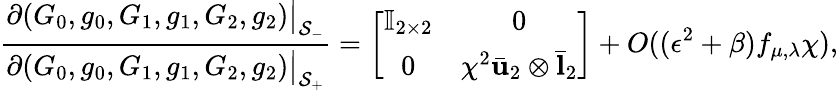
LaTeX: \frac{\partial(G_{0},g_{0},G_{1},g_{1},G_{2},g_{2})\big|_{\mathcal{S}_{-}}}{\partial(G_{0},g_{0},G_{1},g_{1},G_{2},g_{2})\big|_{\mathcal{S}_{+}}}=\left[\begin{array}{cc}{\mathbb{I}_{2\times 2}}&{0}\\ {0}&{\chi^{2}\bar{\mathbf{u}}_{2}\otimes\bar{\mathbf{l}}_{2}}\end{array}\right]+O((\epsilon^{2}+\beta)f_{\mu,\lambda}\chi),